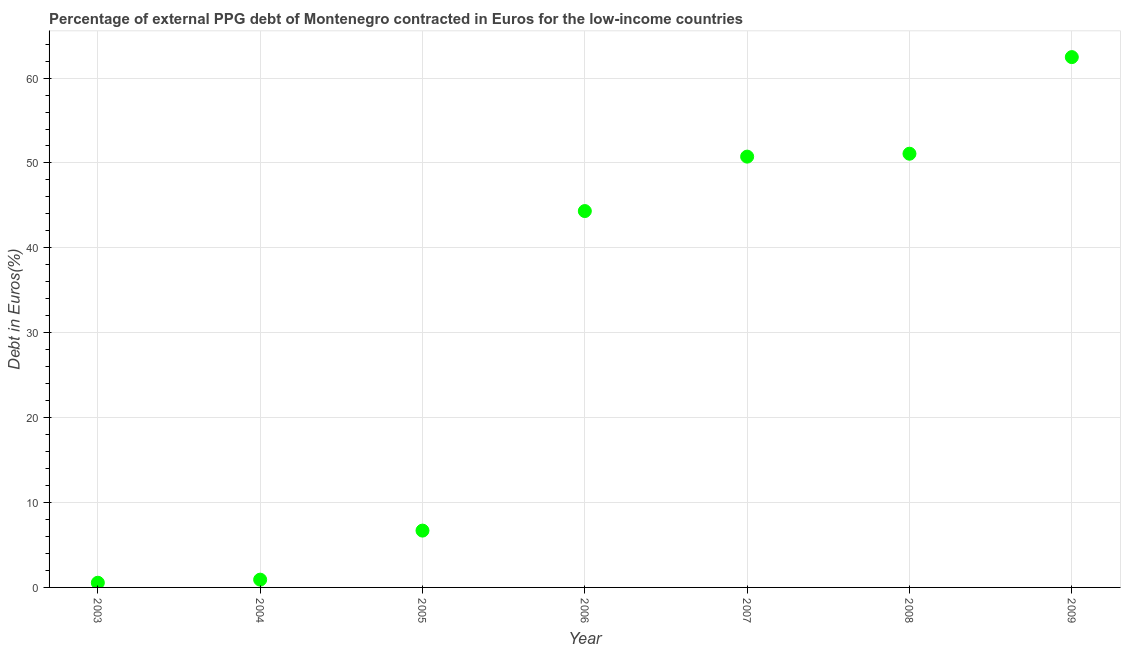
| Year | Currency composition of PPG debt |
 | --- | --- |
 | 2003 | 0.552 |
 | 2004 | 0.916 |
 | 2005 | 6.69 |
 | 2006 | 44.3 |
 | 2007 | 50.7 |
 | 2008 | 51.1 |
 | 2009 | 62.5 |